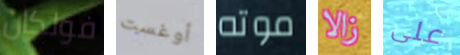
فولكان أوغست موته زالا على